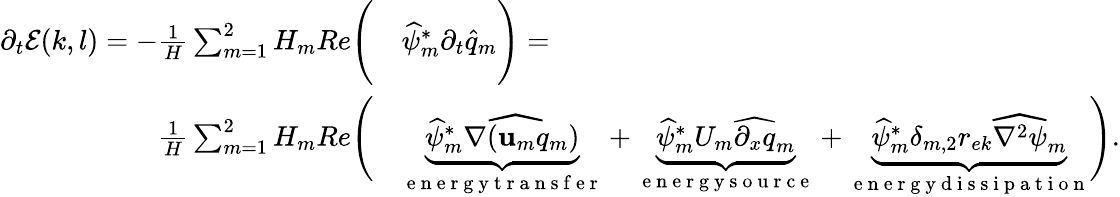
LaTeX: \begin{array}{rl}{\partial_{t}\mathcal{E}(k,l)=-\frac{1}{H}\sum_{m=1}^{2}H_{m}Re\Bigg(}&{{}\widehat{\psi}_{m}^{*}\partial_{t}\widehat{q}_{m}\Bigg)=}\\ {\frac{1}{H}\sum_{m=1}^{2}H_{m}Re\Bigg(}&{{}\underbrace{\widehat{\psi}_{m}^{*}\widehat{\nabla(\mathbf{u}_{m}q_{m}})}_{\mathrm{~e~n~e~r~g~y~t~r~a~n~s~f~e~r~}}+\underbrace{\widehat{\psi}_{m}^{*}U_{m}\widehat{\partial_{x}q}_{m}}_{\mathrm{~e~n~e~r~g~y~s~o~u~r~c~e~}}+\underbrace{\widehat{\psi}_{m}^{*}\delta_{m,2}r_{ek}\widehat{\nabla^{2}\psi}_{m}}_{\mathrm{~e~n~e~r~g~y~d~i~s~s~i~p~a~t~i~o~n~}}\Bigg).}\end{array}